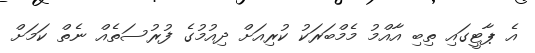
އެ ޕާޓީގައި ތިބި އާއްމު މެމްބަރަކު ކުރިއަށް ދިއުމުގެ ފުރުސަތެއް ނެތް ކަމަށް